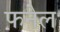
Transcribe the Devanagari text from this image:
फनेल